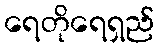
ရေတိုရေရှည်